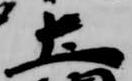
土